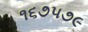
૧૬૭૫૭૯